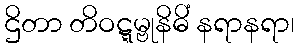
ဌိတာ တိဝဋ္ဋမ္ဗုနိဓိံ နရာနရာ၊